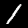
Label: 1